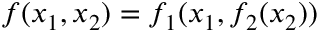
f ( x _ { 1 } , x _ { 2 } ) = f _ { 1 } ( x _ { 1 } , f _ { 2 } ( x _ { 2 } ) )